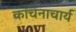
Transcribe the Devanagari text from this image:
कांचनाचार्य